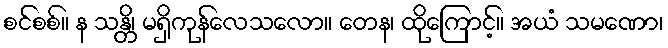
စင်စစ်။ န သန္တိ၊ မရှိကုန်လေသလော။ တေန၊ ထိုကြောင့်။ အယံ သမဏော၊